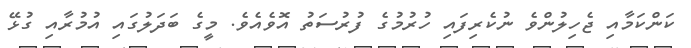
ކަންކަމާއި ޖެހިލުންވެ ނުކެރިފައި ހުރުމުގެ ފުރުސަތު އޮވެއެވެ. މީގެ ބަދަލުގައި އުމުރާއި ގުޅޭ